Annual report of the Civil Veterinary Department, Bengal, for the year 1898-99 - 1898-1899
Year: 1898
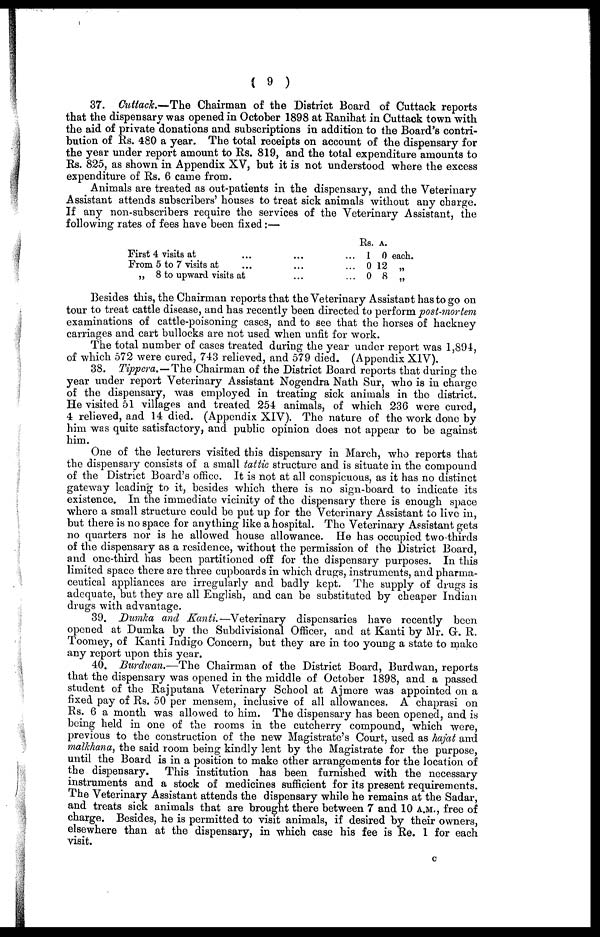
( 9 )
37. Cuttack.—The Chairman of the District Board of Cuttack reports
that the dispensary was opened in October 1898 at Ranihat in Cuttack town with
the aid of private donations and subscriptions in addition to the Board's contri-
bution of Rs. 480 a year. The total receipts on account of the dispensary for
the year under report amount to Rs. 819, and the total expenditure amounts to
Rs. 825, as shown in Appendix XV, but it is not understood where the excess
expenditure of Rs. 6 came from.
Animals are treated as out-patients in the dispensary, and the Veterinary
Assistant attends subscribers' houses to treat sick animals without any charge.
If any non-subscribers require the services of the Veterinary Assistant, the
following rates of fees have been fixed :—
First 4 visits at...
From 5 to 7 visits
at...
„ 8 to upward visits at
...
...
...
...
...
...
Rs.
1
0
0
A.
0 each.
12 „
8 „
Besides this, the Chairman reports that the Veterinary Assistant has to go on
tour to treat cattle disease, and has recently been directed to perform post-mortem
examinations of cattle-poisoning cases, and to see that the horses of hackney
carriages and cart bullocks are not used when unfit for work.
The total number of cases treated during the year under report was 1,894,
of which 572 were cured, 743 relieved, and 579 died. (Appendix XIV),
38. Tippera.—The Chairman of the District Board reports that during the
year under report Veterinary Assistant Nogendra Nath Sur, who is in charge
of the dispensary, was employed in treating sick animals in the district.
He visited 51 villages and treated 254 animals, of which 236 were cured,
4 relieved, and 14 died. (Appendix XIV). The nature of the work clone by
him was quite satisfactory, and public opinion does not appear to be against
him.
One of the lecturers visited this dispensary in March, who reports that
the dispensary consists of a small tattie structure and is situate in the compound
of the District Board's office. It is not at all conspicuous, as it has no distinct
gateway leading to it, besides which there is no sign-board to indicate its
existence. In the immediate vicinity of the dispensary there is enough space
where a small structure could be put up for the Veterinary Assistant to live in,
but there is no space for anything like a hospital. The Veterinary Assistant gets
no quarters nor is he allowed house allowance. He has occupied two thirds
of the dispensary as a residence, without the permission of the District Board,
and one-third has been partitioned off for the dispensary purposes. In this
limited space there are three cupboards in which drugs, instruments, and pharma-
ceutical appliances are irregularly and badly kept. The supply of drugs is
adequate, but they are all English, and can be substituted by cheaper Indian
drugs with advantage.
39. Dumka and Kanti.—Veterinary
dispensaries have recently been
opened at Dumka by the Subdivisional Officer, and at Kanti by Mr. G. R.
Toomey, of Kanti Indigo Concern, but they are in too young a state to make
any report upon this year.
40. Burdwan.—The Chairman of the District Board, Burdwan, reports
that the dispensary was opened in the middle of October 1898, and a passed
student of the Rajputana Veterinary School at Ajmere was appointed on a
fixed pay of Rs. 50 per mensem, inclusive of all allowances. A ehaprasi on
Rs. 6 a month was allowed to him. The dispensary has been opened, and is
being held in one of the rooms in the cutcherry compound, which were,
previous to the construction of the new Magistrate's Court, used as hajat and
mallchana, the said room being kindly lent by the Magistrate for the purpose,
until the Board is in a position to make other arrangements for the location of
the dispensary. This institution has been furnished with the necessary
instruments and a stock of medicines sufficient for its present requirements.
The Veterinary Assistant attends the dispensary while he remains at the Sadar,
and treats sick animals that are brought there between 7 and 10 A.M., free of
charge. Besides, he is permitted to visit animals, if desired by their owners,
elsewhere than at the dispensary, in which case his fee is Re. 1 for each
visit.
c